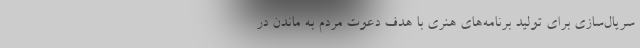
سریال‌سازی برای تولید برنامه‌های هنری با هدف دعوت مردم به ماندن در